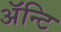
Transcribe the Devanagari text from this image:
अॅन्टि